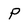
Character: P